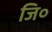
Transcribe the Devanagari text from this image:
जि०